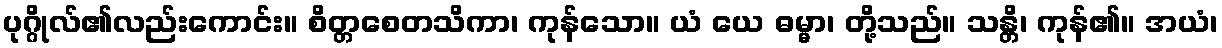
ပုဂ္ဂိုလ်၏လည်းကောင်း။ စိတ္တစေတသိကာ၊ ကုန်သော။ ယံ ယေ ဓမ္မာ၊ တို့သည်။ သန္တိ၊ ကုန်၏။ အယံ၊